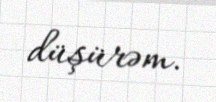
düşürəm.